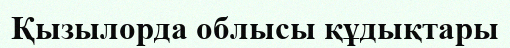
Қызылорда облысы құдықтары